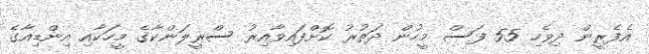
އެފެރީން ދިވެހި 55 ފަސް މީހުން ދަތުރު ކޮށްފައިވާއިރު ސްރީލަންކާގެ މީހަކާއި އިންޑިއާގެ